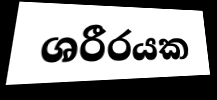
ශරීරයක